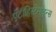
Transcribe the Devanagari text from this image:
एंटीहिस्टेमाइन्स